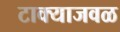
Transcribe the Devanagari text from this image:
टाक्याजवळ